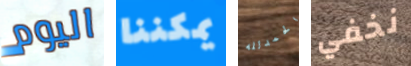
اليوم يمكننا الحمدلله نخفي